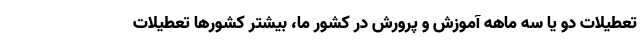
تعطیلات دو یا سه ماهه آموزش و پرورش در کشور ما، بیشتر کشورها تعطیلات